Vaccination North-Western Provinces 1866-1877 - 1866-1877
Year: 1866
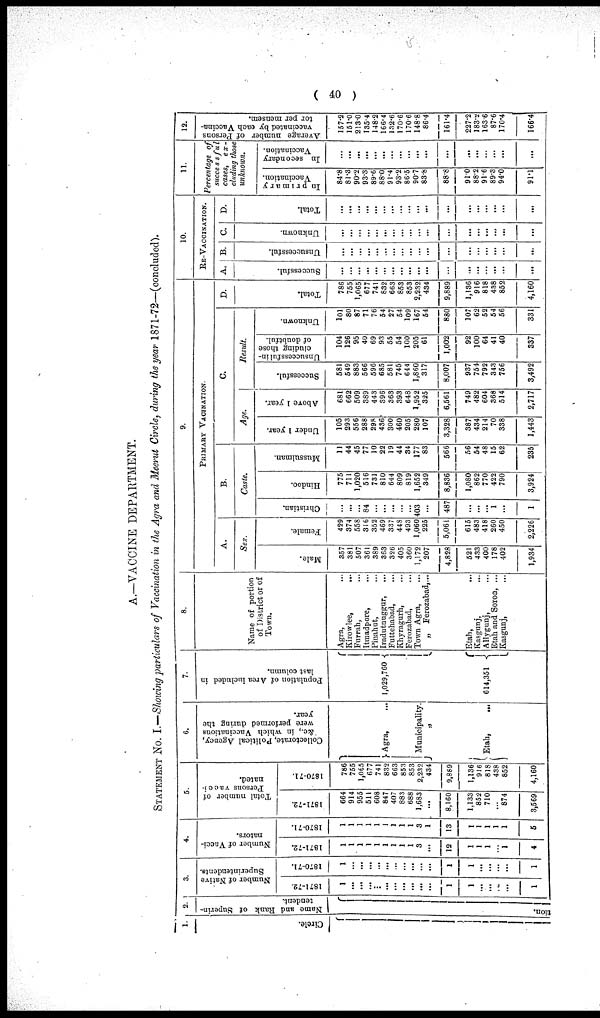
( 40 )
A.—VACCINE DEPARTMENT.
STATEMENT No. I.—Showing particulars of Vaccination in the Agra and Meerut Circle, during the year 1871-72—(concluded).
1.
Circle.
2.
Name and Rank of Superin-
tendent.
tion.
3.
Number of Native
Superintendents.
1871-72.
1
...
...
...
...
...
...
...
...
...
...
1
1
...
...
...
...
1
1870-71.
1
...
...
...
...
...
...
...
...
...
...
1
1
...
...
...
...
1
4.
Number of Vacci-
nators.
1871-72.
1
1
1
1
1
1
1
1
1
3
...
12
1
1
1
...
1
4
1870-71.
1
1
1
1
1
1
1
1
1
3
1
13
1
1
1
1
1
5
5.
Total number of
Persons vacci-
nated.
1871-72.
664
914
955
511
608
847
407
883
688
1,683
...
8,160
1,133
852
710
...
874
3,569
1870-71.
786
755
1,065
677
741
832
663
853
853
2,232
434
9,869
1,136
916
818
438
852
4,160
6.
Collectorate, Political Agency,
&c, in which Vaccinations
were performed during the
year.
Agra, ...
Municipality.
„
Etah, ...
7.
Population of Area included in
last column.
1,029,760
614,351
8.
Name of portion
of District or of
Town.
Agra, ...
Kirowlee,
...
Furrah, ...
Itmadpore, ...
Piuahut, ...
Iradutnuggur, ...
Futtehabad, ...
Khyragurh, ...
Ferozabad, ...
Town Agra, ...
„
Ferozabad,...
Etah, ...
Kasgunj, ...
Allygunj, ...
Etah and Soron, ...
Kasgunj, ...
9.
PRIMARY VACINATION.
A.
Sex.
Male.
357
381
507
361
389
363
326
405
360
1,172
207
4,828
521
433
400
178
402
1,934
Female.
429
374
558
316
352
469
337
448
493
1,060
225
5,061
615
483
418
260
450
2,226
B.
Caste.
Christian.
...
...
...
84
...
...
...
...
... 403
...
487
...
...
... 1
...
1
Hindoo.
775
711
1,020
516
731
810
644
809
819
1,652
349
8,836
1,080
862
770
422
790
3,924
Mussulman.
11
44
45
77
10
22
19
44
34
177
83
566
56
54
48
15
62
235
C.
Age.
Under 1 year.
105
293
556
288
298
436
300
460
205
280
107
3,328
387
434
214
70
338
1,443
Above 1 year.
681
662
509
389
443
396
363
393
648
1,952
325
6,561
749
482
604
368
514
2,717
Result.
Successful.
581
549
883
566
596
685
581
745
644
1,860
317
8,007
937
754
792
343
756
3,492
Unsuccessful in-
cluding those
of doubtful.
104
126
95
40
69
93
55
54
100
205
61
1,002
92
100
64
41
40
337
Unknown.
101
80
87
71
76
54
27
54
109
167
54
880
107
62
52
54
56
331
D.
Total.
786
755
1,065
677
741
832
663
853
853
2,232
434
9,889
1,136
916
818
438
852
4,160
10.
RE-VACCINATION.
A.
Successful.
...
...
...
...
...
...
...
...
...
...
...
...
...
...
...
...
...
...
B.
Unsuccessful.
...
...
...
...
...
...
...
...
...
...
...
...
...
...
...
...
...
C.
Unknown.
...
...
...
...
...
...
...
...
...
...
...
...
...
...
...
...
...
...
D.
Total.
...
...
...
...
...
...
...
...
...
...
...
...
...
...
...
...
...
...
11.
Percentage of
successful
cases,
ex-
cluding those
unknown.
In primary
Vaccination.
84.8
81.3
90.2
93.3
89.6
88.0
91.4
93.2
86.5
90.7
83.8
88.8
91.0
88.2
91.6
89.3
94.0
91.1
In secondary
Vaccination.
...
...
...
...
...
...
...
...
...
...
...
...
...
...
...
...
...
12.
Average number of Persons
vaccinated by each Vaccina-
tor per mensem.
157.2
151.0
213.0
135.4
148.2
166.4
132.6
170.6
170.6
148.8
86.4
161.4
227.2
183.2
163. 6
87.6
170.4
166.4